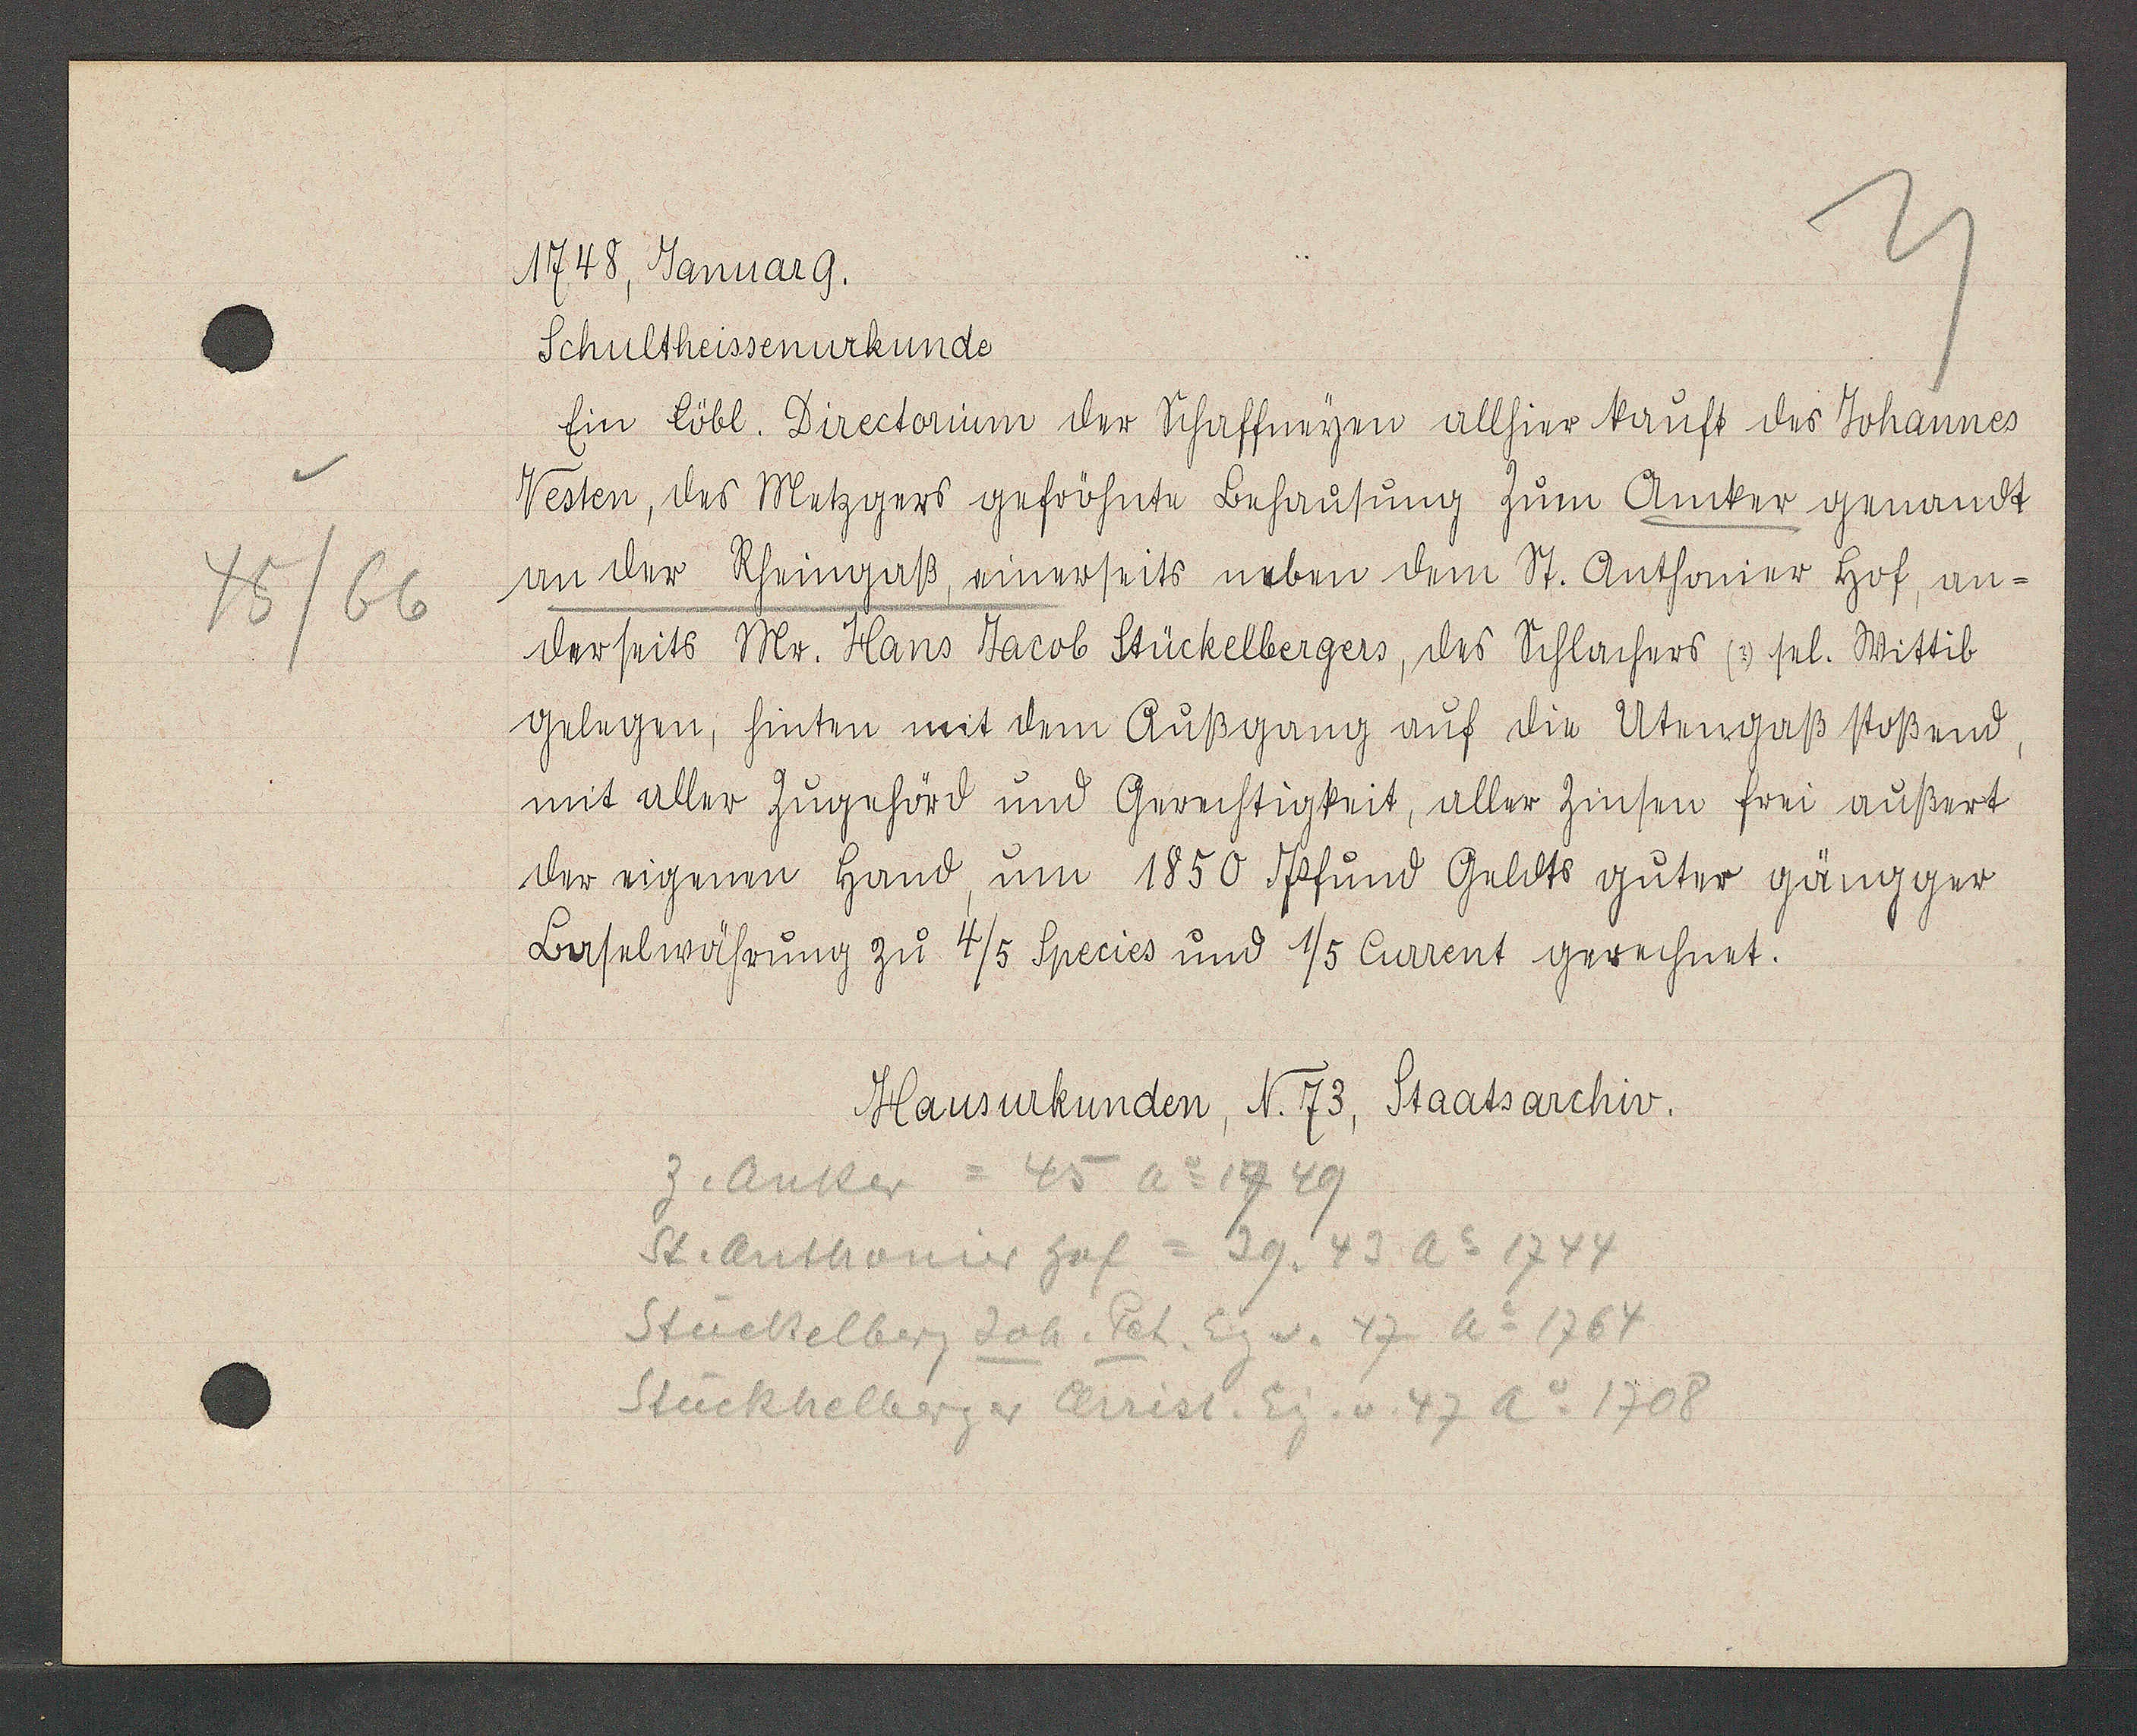
Transcript:
45/66

1748, Januar 9.

Schultheissenurkunde.
Ein löbl. Directorium der Schaffneyen allhier kauft des Johannes
Vesten, des Metzgers gefröhnte Behausung zum Anker genandt
in im Rheingaß, einerseits neben dem St. Anthonier hof, an-
derseits Mr. Hans Jacob Stückelbergers, des Sihlachers (?) sel. Wittib
gelegen, hinten mit dem Ausgang auf die Utengaß stoßend,
mit aller Zugehörd und Gerechtigkeit, aller Zinsen frei außert
von eigener hand, um 1850 Pfund Geldts guter gängiger
Baselwährung zu 4/5 Species und 1/5 Current gerechnet.

Hausurkunden, N. 73, Staatsarchiv.

z. Anker
= 45 Ao 1749
St. Anthonier hof = 29. 43 Ao 1744
Stückelberg Joh. Pet. Eig v. 47 Ao 1764
Stückhelberg v Crist. Eig. v. 47 Ao 1708